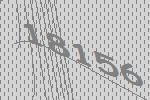
18156